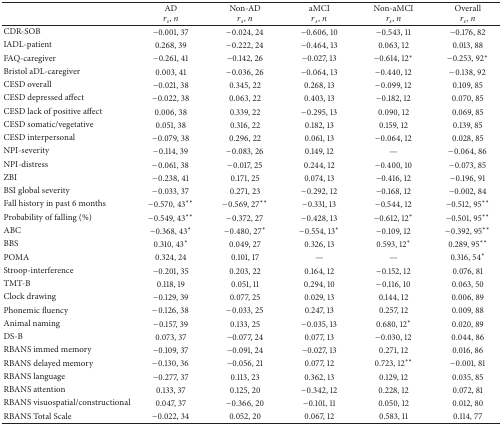
<table><thead><tr><td><b> </b></td><td><b>AD<i>r</i><sub><i>s</i></sub>, <i>n </i></b></td><td><b>Non-AD<i>r</i><sub><i>s</i></sub>, <i>n </i></b></td><td><b>aMCI<i>r</i><sub><i>s</i></sub>, <i>n </i></b></td><td><b>Non-aMCI<i>r</i><sub><i>s</i></sub>, <i>n </i></b></td><td><b>Overall<i>r</i><sub><i>s</i></sub>, <i>n </i></b></td></tr></thead><tbody><tr><td>CDR-SOB</td><td>−0.001, 37</td><td>−0.024, 24</td><td>−0.606, 10</td><td>−0.543, 11</td><td>−0.176, 82</td></tr><tr><td>IADL-patient</td><td>0.268, 39</td><td>−0.222, 24</td><td>−0.464, 13</td><td>0.063, 12</td><td>0.013, 88</td></tr><tr><td>FAQ-caregiver</td><td>−0.261, 41</td><td>−0.142, 26</td><td>−0.027, 13</td><td>−0.614, 12*</td><td>−0.253, 92*</td></tr><tr><td>Bristol aDL-caregiver</td><td>0.003, 41</td><td>−0.036, 26</td><td>−0.064, 13</td><td>−0.440, 12</td><td>−0.138, 92</td></tr><tr><td>CESD overall</td><td>−0.021, 38</td><td>0.345, 22</td><td>0.268, 13</td><td>−0.099, 12</td><td>0.109, 85</td></tr><tr><td>CESD depressed affect</td><td>−0.022, 38</td><td>0.063, 22</td><td>0.403, 13</td><td>−0.182, 12</td><td>0.070, 85</td></tr><tr><td>CESD lack of positive affect</td><td>0.006, 38</td><td>0.339, 22</td><td>−0.295, 13</td><td>0.090, 12</td><td>0.069, 85</td></tr><tr><td>CESD somatic/vegetative</td><td>0.051, 38</td><td>0.316, 22</td><td>0.182, 13</td><td>0.159, 12</td><td>0.139, 85</td></tr><tr><td>CESD interpersonal</td><td>−0.079, 38</td><td>0.296, 22</td><td>0.061, 13</td><td>−0.064, 12</td><td>0.028, 85</td></tr><tr><td>NPI-severity</td><td>−0.114, 39</td><td>−0.083, 26</td><td>0.149, 12</td><td>—</td><td>−0.064, 86</td></tr><tr><td>NPI-distress</td><td>−0.061, 38</td><td>−0.017, 25</td><td>0.244, 12</td><td>−0.400, 10</td><td>−0.073, 85</td></tr><tr><td>ZBI</td><td>−0.238, 41</td><td>0.171, 25</td><td>0.074, 13</td><td>−0.416, 12</td><td>−0.196, 91</td></tr><tr><td>BSI global severity</td><td>−0.033, 37</td><td>0.271, 23</td><td>−0.292, 12</td><td>−0.168, 12</td><td>−0.002, 84</td></tr><tr><td>Fall history in past 6 months </td><td>−0.570, 43**</td><td>−0.569, 27**</td><td>−0.331, 13</td><td>−0.544, 12</td><td>−0.512, 95**</td></tr><tr><td>Probability of falling (%)</td><td>−0.549, 43**</td><td>−0.372, 27</td><td>−0.428, 13</td><td>−0.612, 12*</td><td>−0.501, 95**</td></tr><tr><td>ABC</td><td>−0.368, 43*</td><td>−0.480, 27*</td><td>−0.554, 13*</td><td>−0.109, 12</td><td>−0.392, 95**</td></tr><tr><td>BBS</td><td>0.310, 43*</td><td>0.049, 27</td><td>0.326, 13</td><td>0.593, 12*</td><td>0.289, 95**</td></tr><tr><td>POMA</td><td>0.324, 24</td><td>0.101, 17</td><td>—</td><td>—</td><td>0.316, 54*</td></tr><tr><td>Stroop-interference</td><td>−0.201, 35</td><td>0.203, 22</td><td>0.164, 12</td><td>−0.152, 12</td><td>0.076, 81</td></tr><tr><td>TMT-B</td><td>0.118, 19</td><td>0.051, 11</td><td>0.294, 10</td><td>−0.116, 10</td><td>0.063, 50</td></tr><tr><td>Clock drawing</td><td>−0.129, 39</td><td>0.077, 25</td><td>0.029, 13</td><td>0.144, 12</td><td>0.006, 89</td></tr><tr><td>Phonemic fluency</td><td>−0.126, 38</td><td>−0.033, 25</td><td>0.247, 13</td><td>0.257, 12</td><td>0.009, 88</td></tr><tr><td>Animal naming</td><td>−0.157, 39</td><td>0.133, 25</td><td>−0.035, 13</td><td>0.680, 12*</td><td>0.020, 89</td></tr><tr><td>DS-B</td><td>0.073, 37</td><td>−0.077, 24</td><td>0.077, 13</td><td>−0.030, 12</td><td>0.044, 86</td></tr><tr><td>RBANS immed memory</td><td>−0.109, 37</td><td>−0.091, 24</td><td>−0.027, 13</td><td>0.271, 12</td><td>0.016, 86</td></tr><tr><td>RBANS delayed memory</td><td>−0.130, 36</td><td>−0.056, 21</td><td>0.077, 12</td><td>0.723, 12**</td><td>−0.001, 81</td></tr><tr><td>RBANS language</td><td>−0.277, 37</td><td>0.113, 23</td><td>0.362, 13</td><td>0.129, 12</td><td>0.035, 85</td></tr><tr><td>RBANS attention</td><td>0.133, 37</td><td>0.125, 20</td><td>−0.342, 12</td><td>0.228, 12</td><td>0.072, 81</td></tr><tr><td>RBANS visuospatial/constructional </td><td>0.047, 37</td><td>−0.366, 20</td><td>−0.101, 11</td><td>0.050, 12</td><td>0.012, 80</td></tr><tr><td>RBANS Total Scale</td><td>−0.022, 34</td><td>0.052, 20</td><td>0.067, 12</td><td>0.583, 11</td><td>0.114, 77</td></tr></tbody></table>